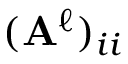
( \mathbf { A } ^ { \ell } ) _ { i i }